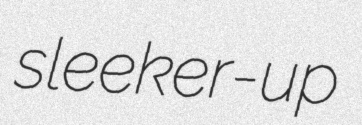
sleeker-up